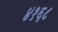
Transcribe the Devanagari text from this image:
४१६८